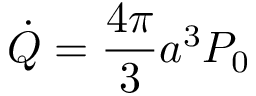
\dot { Q } = \frac { 4 \pi } { 3 } a ^ { 3 } P _ { 0 }